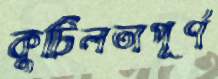
কুটিলতাপূর্ণ